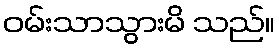
ဝမ်းသာသွားမိ သည်။